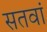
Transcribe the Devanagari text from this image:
सतवां